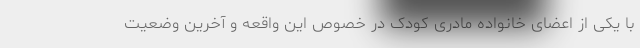
با یکی از اعضای خانواده مادری کودک در خصوص این واقعه و آخرین وضعیت